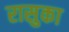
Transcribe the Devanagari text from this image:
रासुका